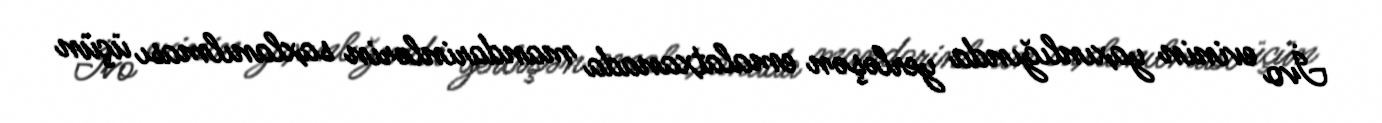
İvo evinin yaxınlığında yerləşən emalatxanada mandarinlərin saxlanılması üçün